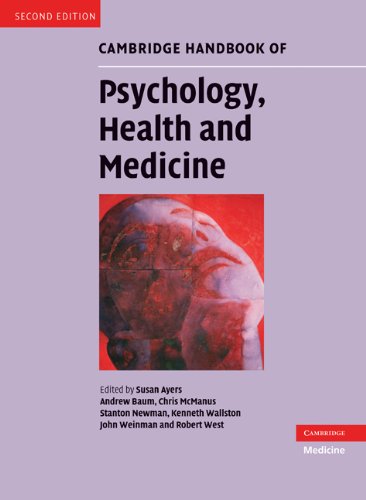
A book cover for Cambridge Handbook of Psychology, Health and Medicine; Health, Fitness & Dieting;